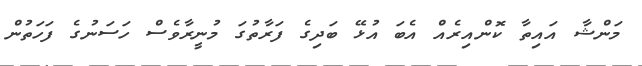
މަންޝާ އައިތާ ކޮންއިރެއް އެބަ އުޅޭ ބަދިގެ ފަރާތުގަ މުނީރާވެސް ހަސަނުގެ ފަހަތުން